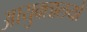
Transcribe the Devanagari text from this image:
आयुक्‍तालयों